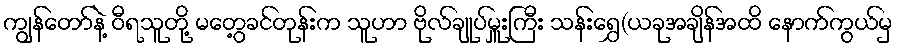
ကျွန်တော်နဲ့ ဝီရသူတို့ မတွေ့ခင်တုန်းက သူဟာ ဗိုလ်ချုပ်မှူးကြီး သန်းရွှေ(ယခုအချိန်အထိ နောက်ကွယ်မှ